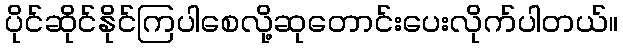
ပိုင်ဆိုင်နိုင်ကြပါစေလို့ဆုတောင်းပေးလိုက်ပါတယ်။